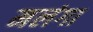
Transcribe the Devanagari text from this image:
मलंगा